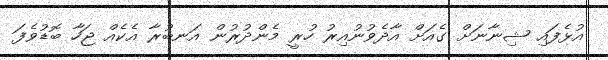
އުޅެފައި ޝިނާނަށް ގެއަށް އާދެވުނުއިރު ހުރީ މެންދުރުން އަނބުރާ އެކެއް ޖަހާ ބޮޑުވެފަ